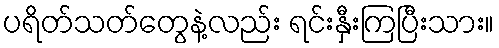
ပရိတ်သတ်တွေနဲ့လည်း ရင်းနှီးကြပြီးသား။